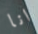
انا